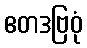
ဧတဒဗြဝုံ